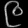
Digit: ၉